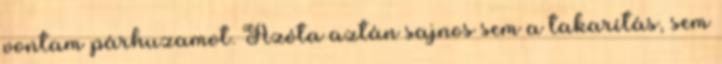
vontam párhuzamot. Azóta aztán sajnos sem a takarítás, sem